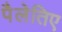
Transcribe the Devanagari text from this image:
पैलेतिए